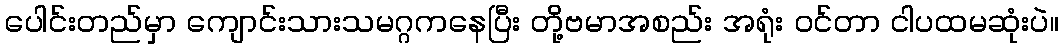
ပေါင်းတည်မှာ ကျောင်းသားသမဂ္ဂကနေပြီး တို့ဗမာအစည်း အရုံး ဝင်တာ ငါပထမဆုံးပဲ။